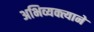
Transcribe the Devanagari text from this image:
अभिव्यक्त्याने